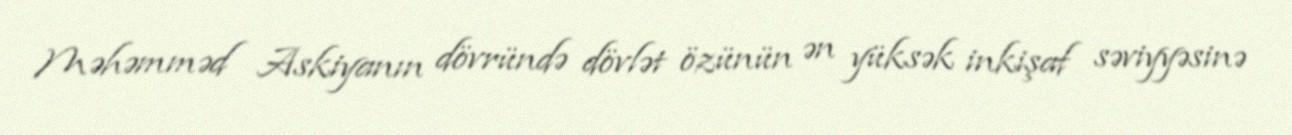
Məhəmməd Askiyanın dövründə dövlət özünün ən yüksək inkişaf səviyyəsinə